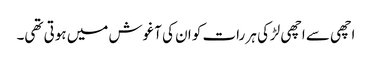
اچھی سے اچھی لڑکی ہر رات کو ان کی آغوش میں ہوتی تھی۔